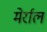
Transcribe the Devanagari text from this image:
मेर्राल